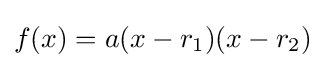
f(x)=a(x-r_{1})(x-r_{2})